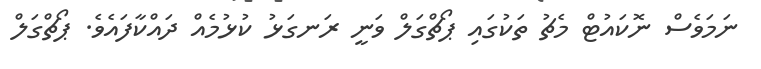
ނަމަވެސް ނޮކައުޓް މެޗު ތަކުގައި ޕޯޗްގަލް ވަނީ ރަނގަޅު ކުޅުމެއް ދައްކާފައެވެ. ޕޯޗްގަލް